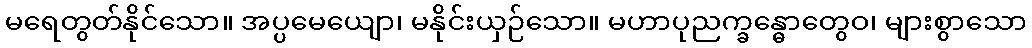
မရေတွတ်နိုင်သော။ အပ္ပမေယျော၊ မနိုင်းယှဉ်သော။ မဟာပုညက္ခန္ဓောတွေဝ၊ များစွာသော